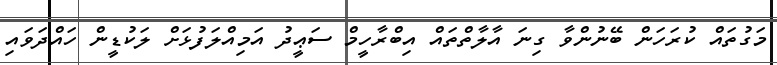
މަގުތައް ކުރަހަން ބޭނުންވާ ގިނަ އާލާތްތައް އިބްރާހީމް ސަޢީދު އަމިއްލަފުޅަށް ލަކުޑީން ހައްދަވައި